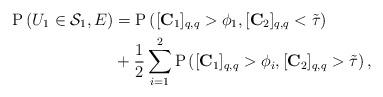
LaTeX: \begin{align*}\mathrm{P}\left(U_1\in \mathcal{S}_1, E\right) &= \mathrm{P}\left( [\mathbf{C}_{1}]_{q,q}> \phi_1, [\mathbf{C}_{2}]_{q,q}<\tilde{\tau}\right) \\ & +\frac{1}{2}\sum^2_{i=1} \mathrm{P}\left( [\mathbf{C}_{1}]_{q,q}>\phi_i, [\mathbf{C}_{2}]_{q,q}>\tilde{\tau}\right),\end{align*}